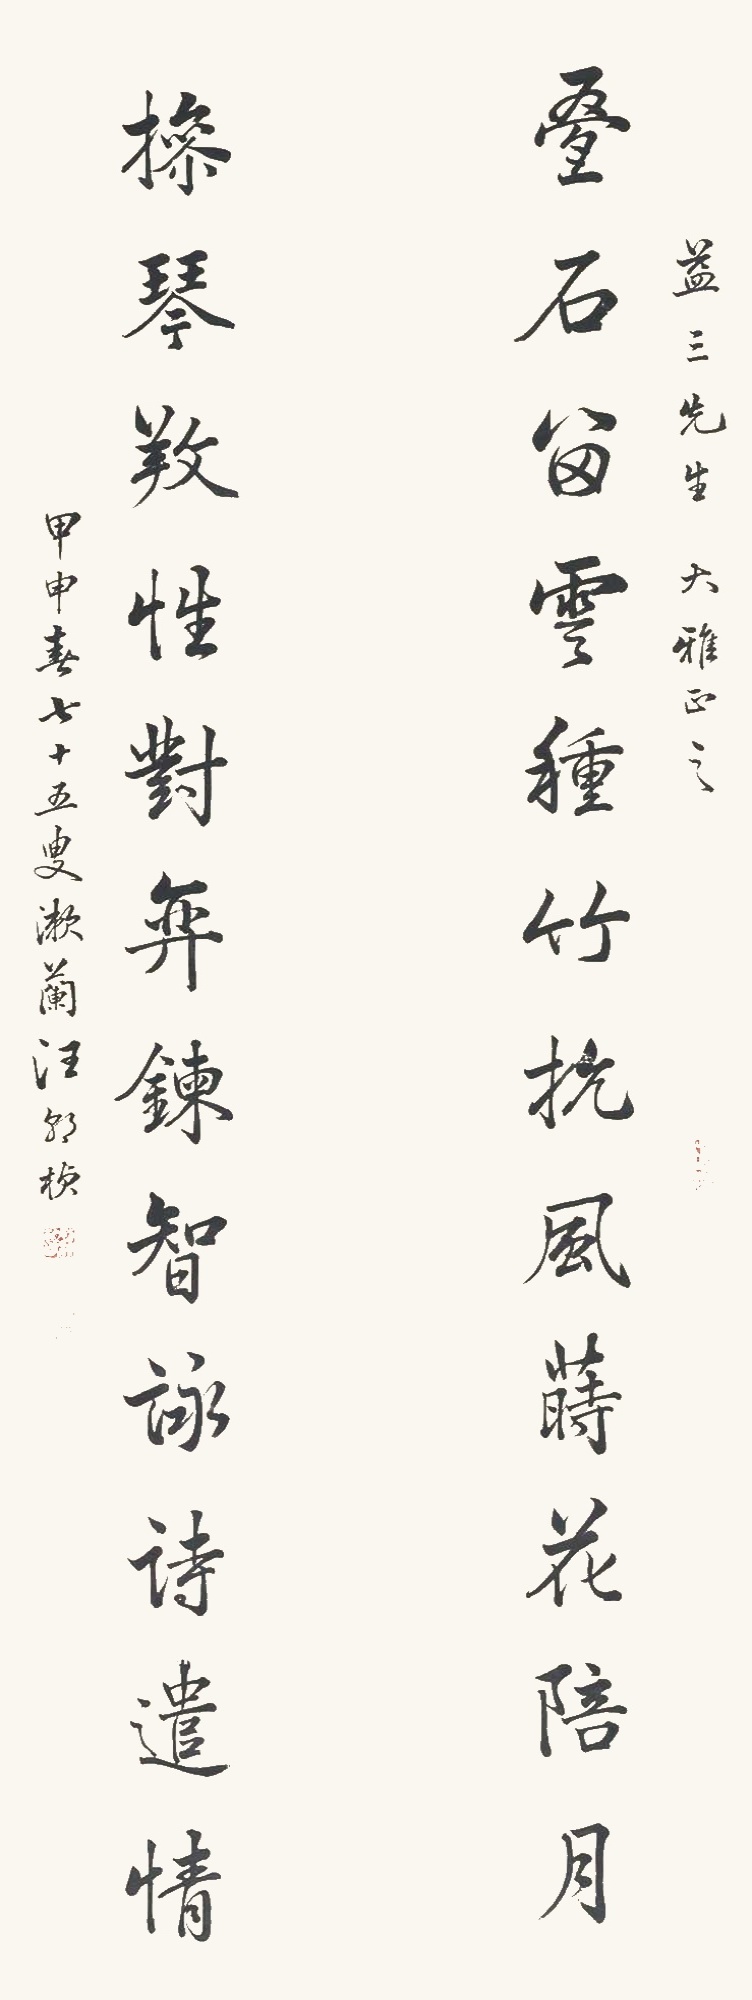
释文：叠石留云种竹抗风莳花陪月，操琴养性对弈錬智咏诗遣情 。益三先生大雅正之，甲申春七十五叟漱兰汪朝桢。